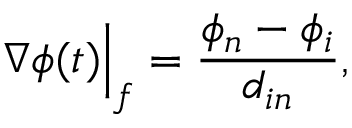
\nabla \phi ( t ) \Big \vert _ { f } = \frac { \phi _ { n } - \phi _ { i } } { d _ { i n } } ,